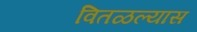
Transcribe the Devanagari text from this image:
वितळल्यास